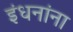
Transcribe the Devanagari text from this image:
इंधनांना